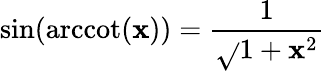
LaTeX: \sin(\operatorname{arccot}(\mathbf{x}))={\frac{{1}}{{\sqrt{}{{1+\mathbf{x}^{2}}}}}}